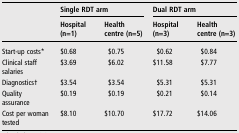
<table><thead><tr><td></td><td colspan="2"><b>Single RDT arm</b></td><td colspan="2"><b>Dual RDT arm</b></td></tr><tr><td></td><td><b>Hospital (n=1)</b></td><td><b>Health centre (n=5)</b></td><td><b>Hospital (n=3)</b></td><td><b>Health centre (n=3)</b></td></tr></thead><tbody><tr><td>Start-up costs*</td><td>$0.68</td><td>$0.75</td><td>$0.62</td><td>$0.84</td></tr><tr><td>Clinical staff salaries</td><td>$3.69</td><td>$6.02</td><td>$11.58</td><td>$7.77</td></tr><tr><td>Diagnostics†</td><td>$3.54</td><td>$3.54</td><td>$5.31</td><td>$5.31</td></tr><tr><td>Quality assurance</td><td>$0.19</td><td>$0.19</td><td>$0.21</td><td>$0.14</td></tr><tr><td>Cost per woman tested</td><td>$8.10</td><td>$10.70</td><td>$17.72</td><td>$14.06</td></tr></tbody></table>